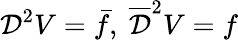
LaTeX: {\cal D}^{2}V=\bar{f},\ \overline{{{\cal D}}}^{2}V=f